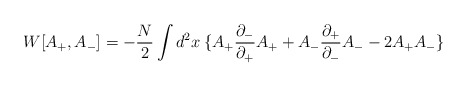
\begin{align*}W[A_+,A_-]= -{ N\over 2} \int d^2x\: \{A_+ {\partial_-\over \partial_+}A_+ + A_- {\partial_+\over \partial_-}A_- - 2 A_+ A_-\}\end{align*}